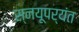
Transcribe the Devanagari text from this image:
स्नयूपर्यंत